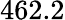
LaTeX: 462.2